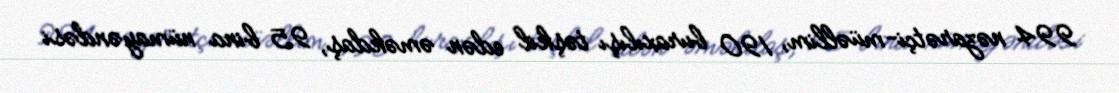
994 nəzarətçi-müəllim, 190 buraxılışı təşkil edən əməkdaş, 95 bina nümayəndəsi